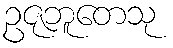
ဥဇုဘူတေသု